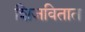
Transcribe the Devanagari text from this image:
शिजवितात